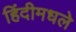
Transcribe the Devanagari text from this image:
हिंदीमधले